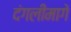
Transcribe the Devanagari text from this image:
दंगलीमागे